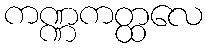
ကဏ္ဏကတ္ထလေ